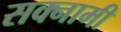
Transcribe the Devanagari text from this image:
सक्नामी